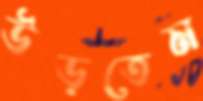
উড়তেম